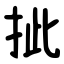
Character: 㧗